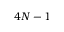
4 N - 1